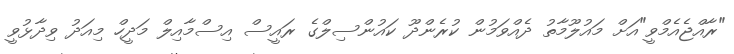
"ރާއްޖެއެމްވީ"އަށް މައުލޫމާތު ދެއްވަމުން ކުރެންދޫ ކައުންސިލްގެ ރައީސް އިސްމާއިލް މަދީހް މިއަދު ވިދާޅުވީ